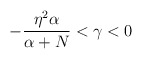
\begin{align*}-\frac{\eta^2 \alpha}{\alpha + N} < \gamma < 0\end{align*}